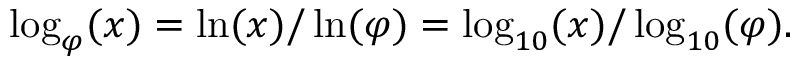
\log _ { \varphi } ( x ) = \ln ( x ) / \ln ( \varphi ) = \log _ { 1 0 } ( x ) / \log _ { 1 0 } ( \varphi ) .